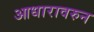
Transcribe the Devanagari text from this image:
आधारावरुन